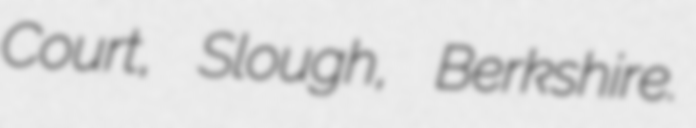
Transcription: Court, Slough, Berkshire.